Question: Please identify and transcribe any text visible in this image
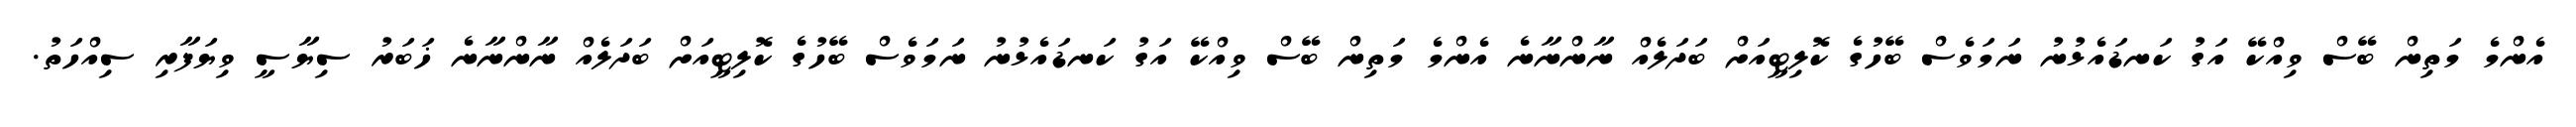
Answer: އެންމެ މަތިން ބޭސް ވިއްކޭ އަގު ކަނޑައެޅުނު ނަމަވެސް ބޭހުގެ ކޮލިޓީއަށް ބަދަލެއް ނާންނާނެ އެންމެ މަތިން ބޭސް ވިއްކޭ އަގު ކަނޑައެޅުނު ނަމަވެސް ބޭހުގެ ކޮލިޓީއަށް ބަދަލެއް ނާންނާނެ ޚަބަރު ސިޔާސީ ވިޔަފާރި ސިއްހަތު.